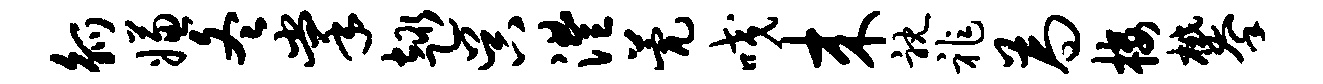
觚嫌冬掌趣吴澧甍咬来耽祚为楼攀